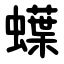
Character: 蠂